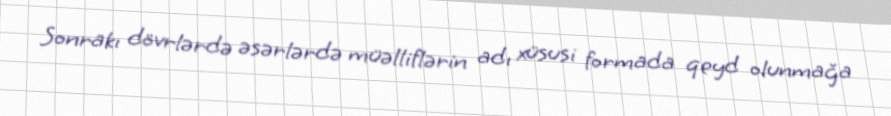
Sonrakı dövrlərdə əsərlərdə müəlliflərin adı xüsusi formada qeyd olunmağa